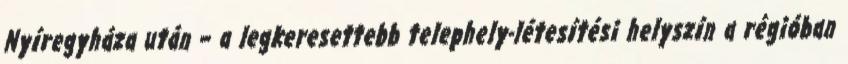
Nyíregyháza után – a legkeresettebb telephely-létesítési helyszín a régióban